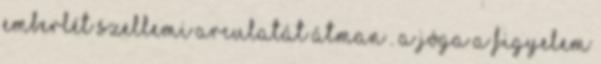
emberlét szellemi arculatát átman . A jóga a figyelem